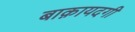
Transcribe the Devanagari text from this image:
बाक़ायदगी